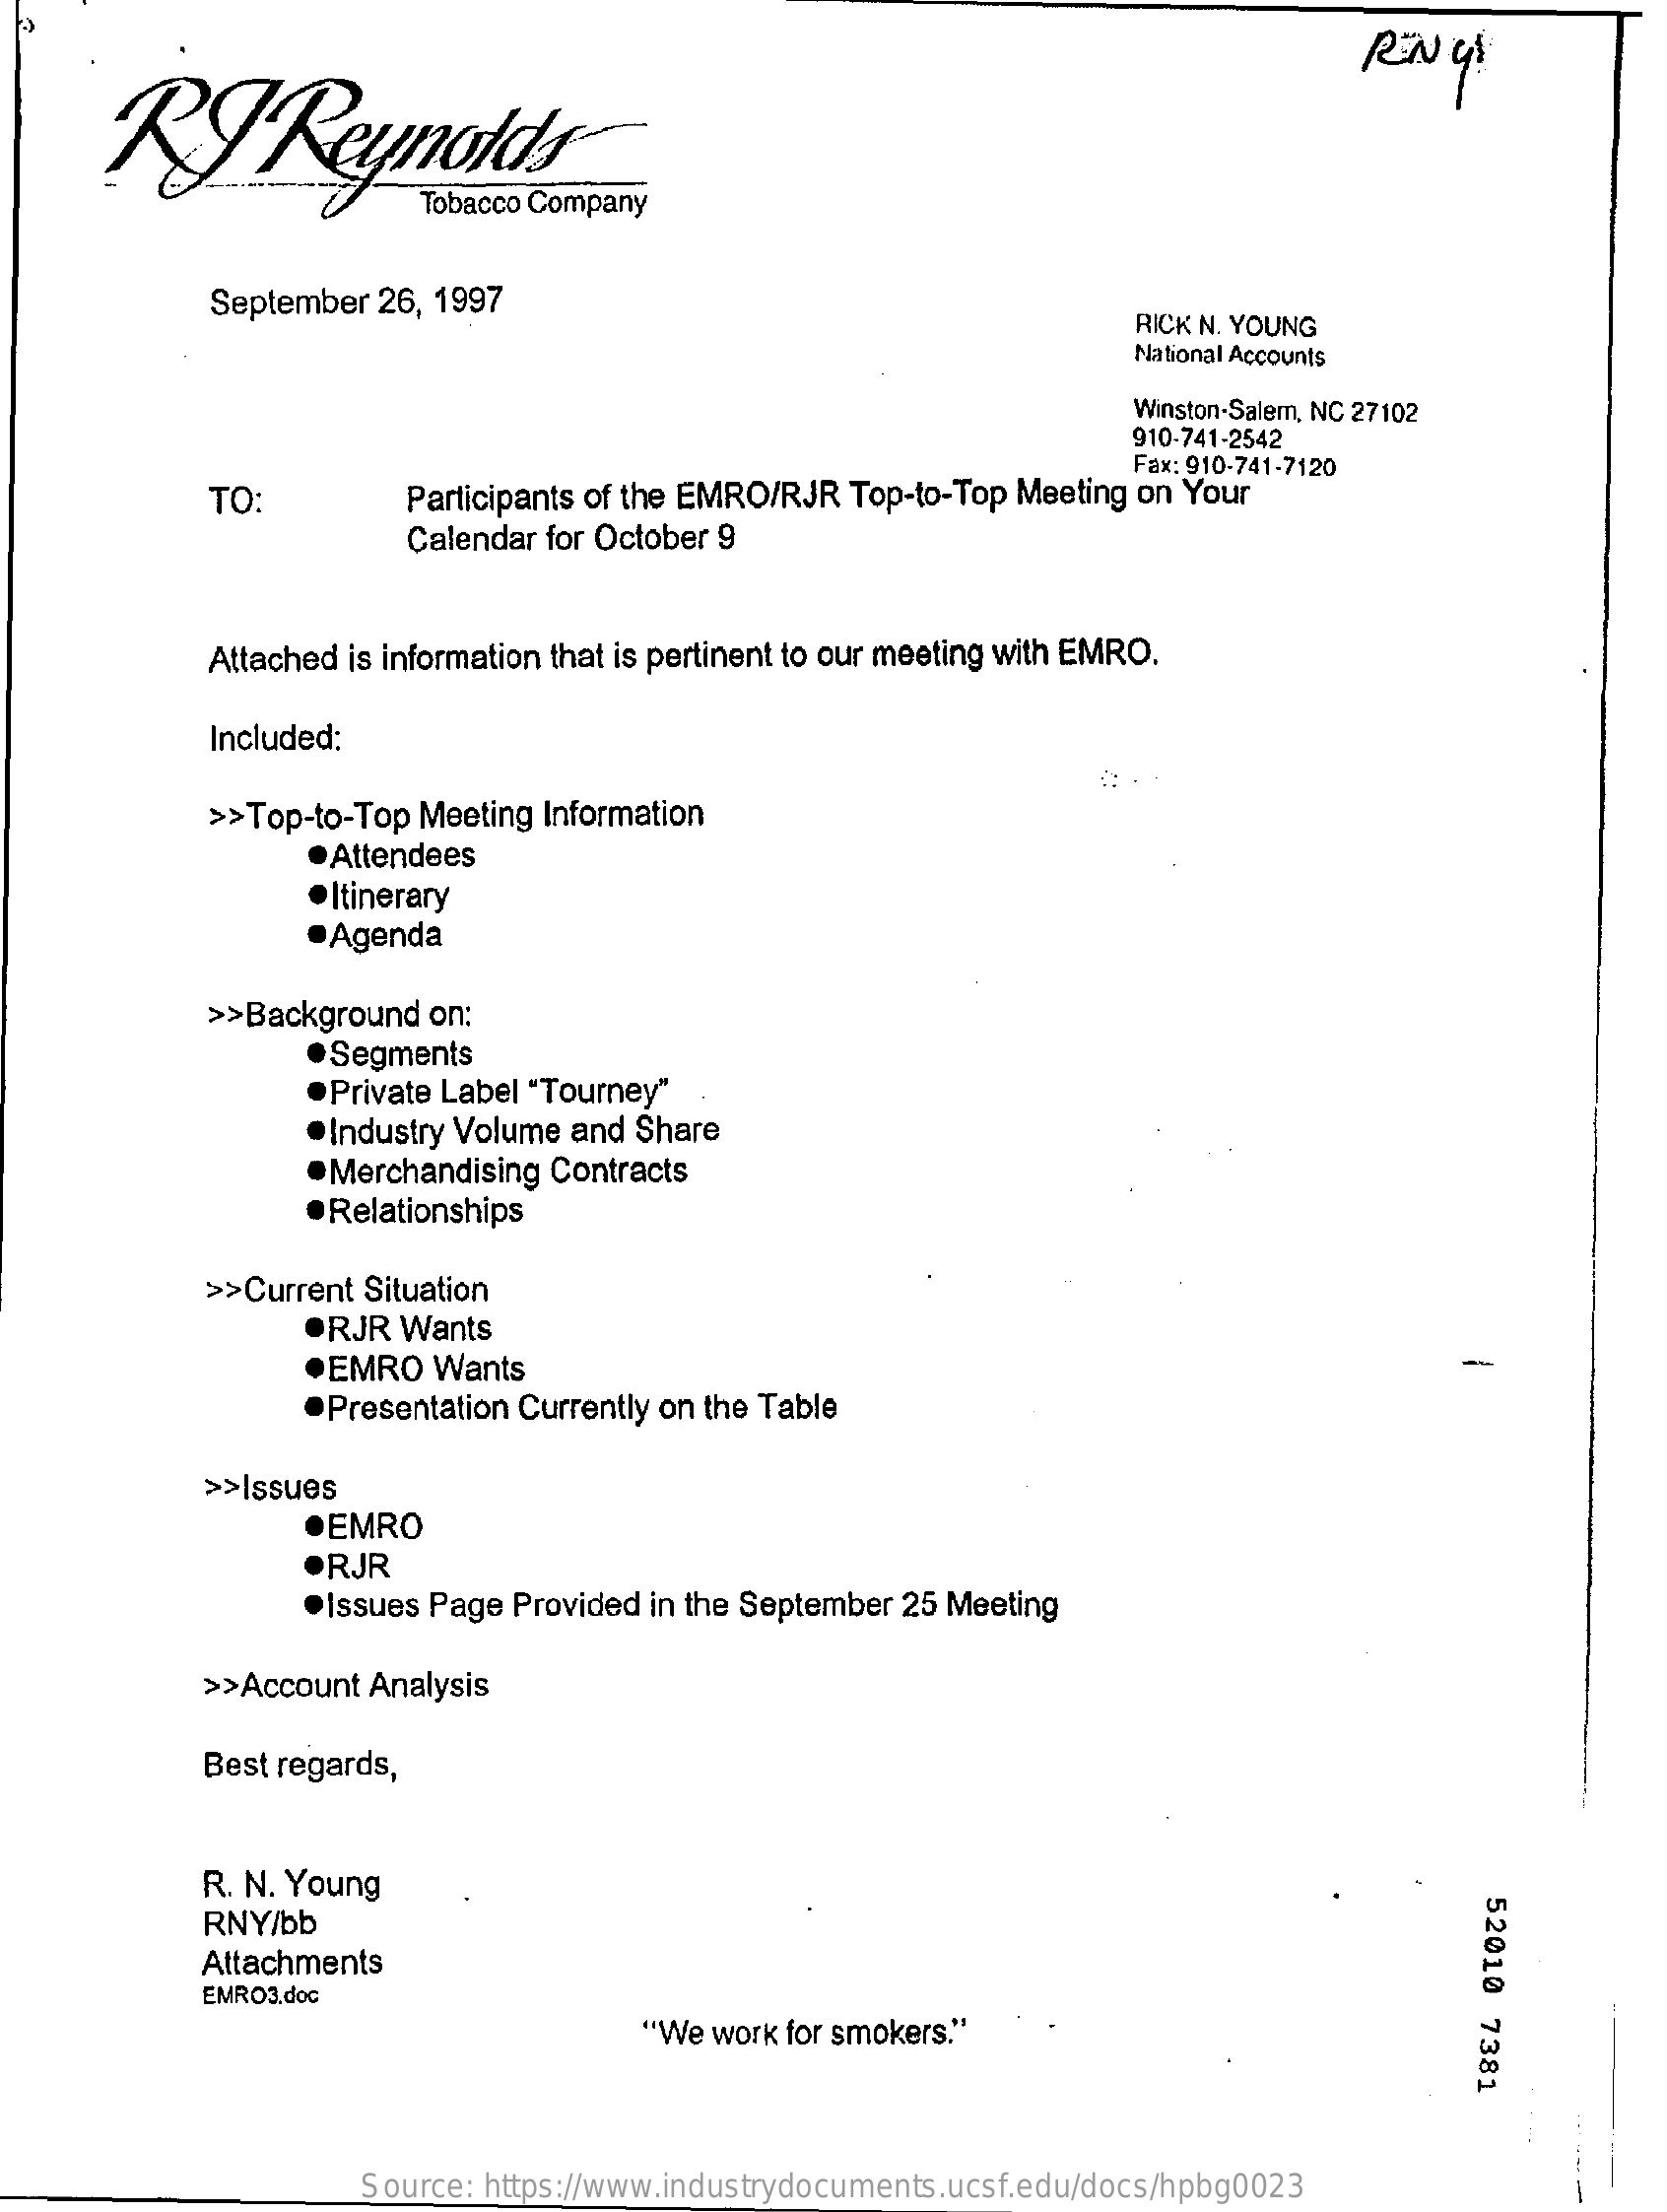
RTReynolds
     REN  41
     September  26, 1997
     RICK N. YOUNG
     National Accounts
     Winston-Salem, NC 27102
     910-741-2542
     Participants of the EMRO/RJR Top-to-Top Meeting on Your
     Fax: 910-741-7120
     TO:
     Calendar for October 9
     Attached is information that is pertinent to our meeting with EMRO.
     Included:
     >>Top-to-Top Meeting Information
     · Attendees
     · Itinerary
     Agenda
     >>Background  on:
     Segments
     .Private Label "Tourney"
     Industry Volume and Share
     .Merchandising Contracts
     . Relationships
     >>Current Situation
     RJR Wants
     EMRO  Wants    -
     Presentation Currently on the Table
     >>Issues
     EMRO
     .RJR
     Issues Page Provided in the September 25 Meeting
     >>Account Analysis
     Best regards,
     R. N. Young
     52010
     7381
     RNY/bb
     Attachments
     EMRO3.doc
     "We work for smokers."
     -
     Source: https://www.industrydocuments.ucsf.edu/docs/hpbg0023